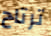
ترتاح